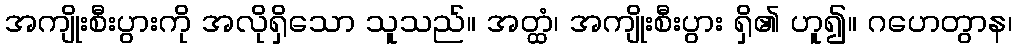
အကျိုးစီးပွားကို အလိုရှိသော သူသည်။ အတ္ထံ၊ အကျိုးစီးပွား ရှိ၏ ဟူ၍။ ဂဟေတွာန၊